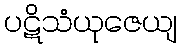
ပဋိသံယုဇေယျ